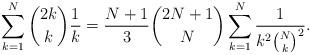
LaTeX: \begin{align*}\sum_{k=1}^{N}{2k\choose k}\frac{1}{k}=\frac{N+1}{3}{2N+1\choose N}\sum_{k=1}^{N}\frac{1}{k^2{N\choose k}^2}. \end{align*}